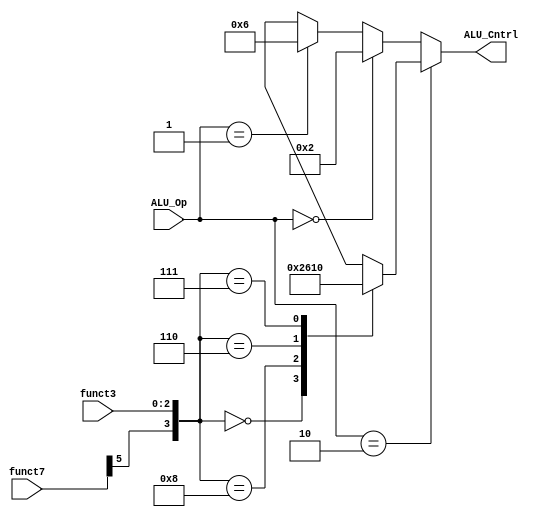
module ALU_Control_Unit (ALU_Op, funct3, funct7, ALU_Cntrl);
	
	input wire [1:0] ALU_Op;
	input wire [2:0] funct3;
	input wire [6:0] funct7;
	output reg [3:0] ALU_Cntrl;
	
	localparam [1:0] R_type = 2'b10, IS_type = 2'b00, B_type = 2'b01;
	
	localparam [3:0] ADDsig = 4'b0000, SUBsig = 4'b1000, ANDsig = 4'b0111, ORsig = 4'b0110;
	
	localparam [3:0] AND = 4'b0000, OR = 4'b0001, ADD = 4'b0010, SUB = 4'b0110;
	
	wire [3:0] funct = {funct7[5],funct3};
	
	always @(*)
		begin
		if(ALU_Op == R_type)
			begin
			case(funct)
				ADDsig: ALU_Cntrl = ADD;
				SUBsig: ALU_Cntrl = SUB;
				ORsig: ALU_Cntrl = OR;
				ANDsig: ALU_Cntrl = AND;
				default: ALU_Cntrl = 4'bx;
			endcase				
			end
		else if(ALU_Op == IS_type)
			begin
			ALU_Cntrl = ADD;
			end
		else if(ALU_Op == B_type)
			begin
			ALU_Cntrl = SUB;
			end
		else
			begin
			ALU_Cntrl = 4'bx;
			end
		end
endmodule